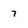
Character: 7